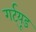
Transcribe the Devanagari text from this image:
गर्ट्‌यूड